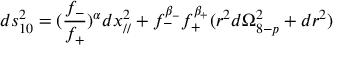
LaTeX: d s _ { 1 0 } ^ { 2 } = ( \frac { f _ { - } } { f _ { + } } ) ^ { \alpha } d x _ { / / } ^ { 2 } + f _ { - } ^ { \beta _ { - } } f _ { + } ^ { \beta _ { + } } ( r ^ { 2 } d \Omega _ { 8 - p } ^ { 2 } + d r ^ { 2 } )